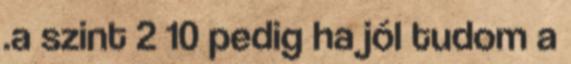
.a szint 2 10 pedig ha jól tudom a